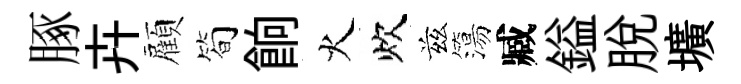
䐁卉顏筍餉火炊兹簜臧鎰脱壙